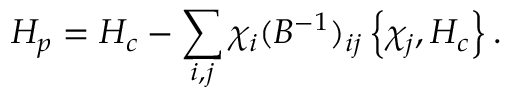
H _ { p } = H _ { c } - \sum _ { i , j } \chi _ { i } ( B ^ { - 1 } ) _ { i j } \left\{ \chi _ { j } , H _ { c } \right\} .